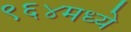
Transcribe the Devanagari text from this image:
९६४मध्ये